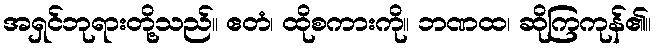
အရှင်ဘုရားတို့သည်။ ဧတံ၊ ထိုစကားကို။ ဘဏထ၊ ဆိုကြကုန်၏။